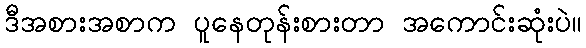
ဒီအစားအစာက ပူနေတုန်းစားတာ အကောင်းဆုံးပဲ။